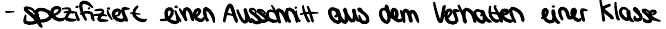
- spezifiziert einen Ausschnitt aus dem Verhalten einer Klasse